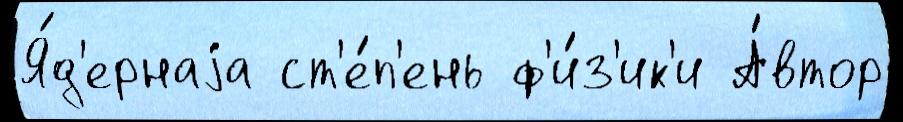
Я́д'ернаjа ст'е́п'ень ф'и́з'ик'и А́втор